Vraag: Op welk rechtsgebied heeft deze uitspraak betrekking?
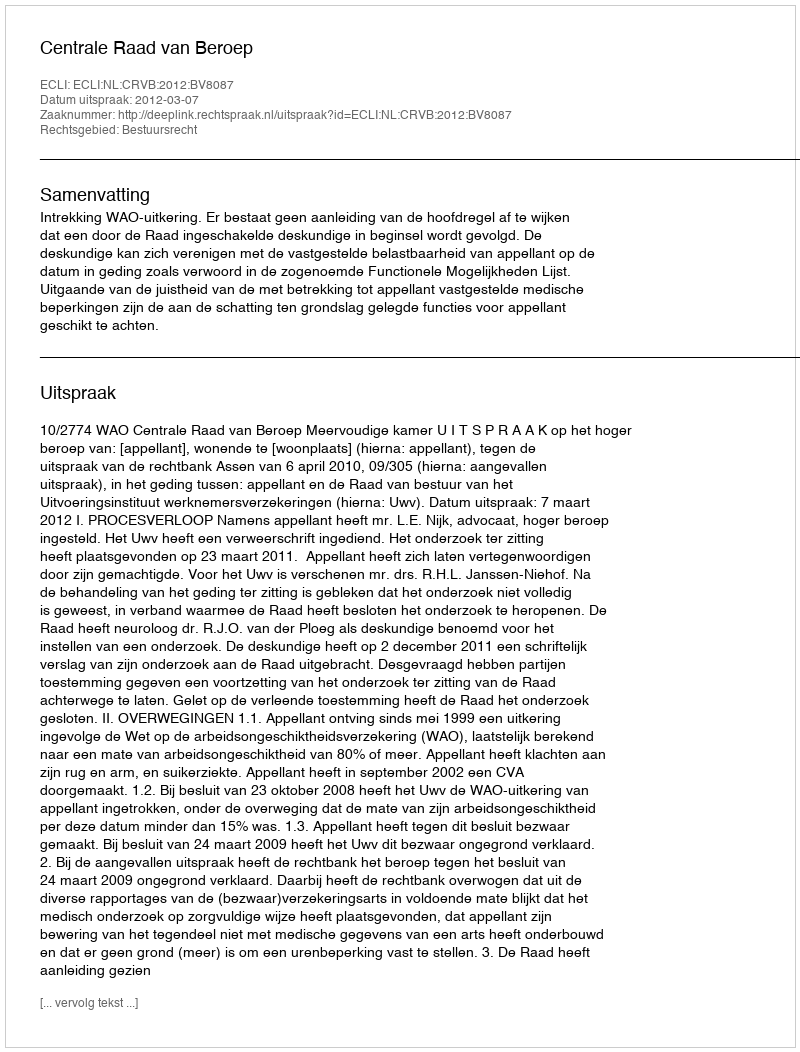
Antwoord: Bestuursrecht